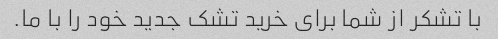
با تشکر از شما برای خرید تشک جدید خود را با ما.